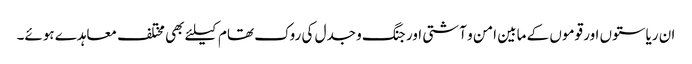
ان ریاستوں اور قوموں کے مابین امن و آشتی اور جنگ و جدل کی روک تھام کیلئے بھی مختلف معاہدے ہوئے۔